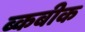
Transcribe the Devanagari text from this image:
ब्कबीक